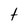
Character: t